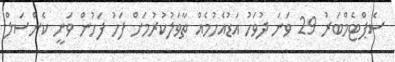
ސެޕްޓެމްބަރު 29 ވަނަ ދުވަހު އަޑުއެހުމެއް ތާވަލުކުރުމަށް ފަހު ފަހުން ވަނީ ކެންސަލް